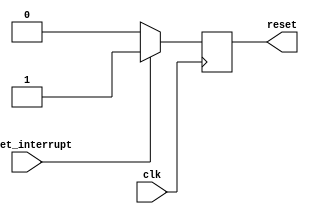
module reset_logic
#
(
  parameter RESET_AFTER = 1 // Produce 0 signal after #RESET_AFTER clock cycles
) 
(
  input reset_interrupt,
  input clk,
  output reset
);

reg[1:0] counter = 0;
reg res_buffer = 1;

always @(posedge clk)
begin
  /* Reset after specified clock cycles */
  /*counter = counter + 1; 
  if(counter == RESET_AFTER + 1)
    res_buffer = 0;
  */
    //res_buffer = 0;
   
  /* Only reset when reset button/signal pushed */
  if(reset_interrupt == 0)
    res_buffer = 0;
  else if(reset_interrupt == 1)
    res_buffer = 1;
  
end 

assign reset = res_buffer;

endmodule